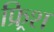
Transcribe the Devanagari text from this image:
फ्र्रिश